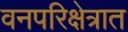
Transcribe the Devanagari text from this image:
वनपरिक्षेत्रात